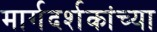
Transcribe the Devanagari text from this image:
मार्गदर्शकांच्या